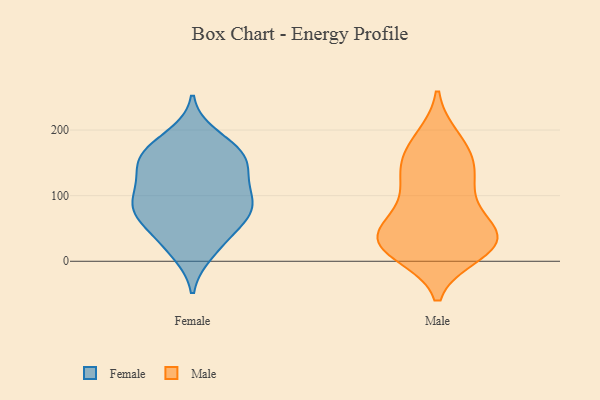
{"axis": {"x": "Gross Profit (USD K)", "y": "Value"}, "legend": ["Female", "Male"], "data": [{"x": "", "y": 13, "type": "Female"}, {"x": "", "y": 159, "type": "Female"}, {"x": "", "y": 142, "type": "Female"}, {"x": "", "y": 67, "type": "Female"}, {"x": "", "y": 110, "type": "Female"}, {"x": "", "y": 96, "type": "Female"}, {"x": "", "y": 71, "type": "Female"}, {"x": "", "y": 191, "type": "Female"}, {"x": "", "y": 103, "type": "Female"}, {"x": "", "y": 157, "type": "Female"}, {"x": "", "y": 145, "type": "Female"}, {"x": "", "y": 70, "type": "Female"}, {"x": "", "y": 99, "type": "Female"}, {"x": "", "y": 171, "type": "Female"}, {"x": "", "y": 175, "type": "Female"}, {"x": "", "y": 65, "type": "Female"}, {"x": "", "y": 82, "type": "Female"}, {"x": "", "y": 20, "type": "Female"}, {"x": "", "y": 39, "type": "Female"}, {"x": "", "y": 143, "type": "Female"}, {"x": "", "y": 158, "type": "Male"}, {"x": "", "y": 30, "type": "Male"}, {"x": "", "y": 154, "type": "Male"}, {"x": "", "y": 187, "type": "Male"}, {"x": "", "y": 30, "type": "Male"}, {"x": "", "y": 31, "type": "Male"}, {"x": "", "y": 20, "type": "Male"}, {"x": "", "y": 135, "type": "Male"}, {"x": "", "y": 23, "type": "Male"}, {"x": "", "y": 112, "type": "Male"}, {"x": "", "y": 101, "type": "Male"}, {"x": "", "y": 21, "type": "Male"}, {"x": "", "y": 185, "type": "Male"}, {"x": "", "y": 12, "type": "Male"}, {"x": "", "y": 55, "type": "Male"}, {"x": "", "y": 73, "type": "Male"}, {"x": "", "y": 41, "type": "Male"}, {"x": "", "y": 135, "type": "Male"}, {"x": "", "y": 51, "type": "Male"}]}